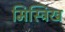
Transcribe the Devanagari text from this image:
मिस्त्रिख